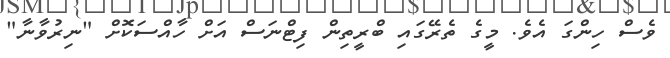
ވެސް ހިންގަ އެވެ. މީގެ ތެރޭގައި ބްރީތިން ފިޓްނަސް އަށް ހާއްސަކޮށް "ނިރުވާނާ"